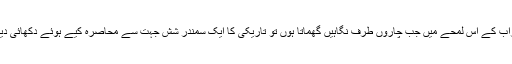
اضطراب کے اس لمحے میں جب چاروں طرف نگاہیں گھماتا ہوں تو تاریکی کا ایک سمندر شش جہت سے محاصرہ کیے ہوئے دکھائی دیتا ہے۔